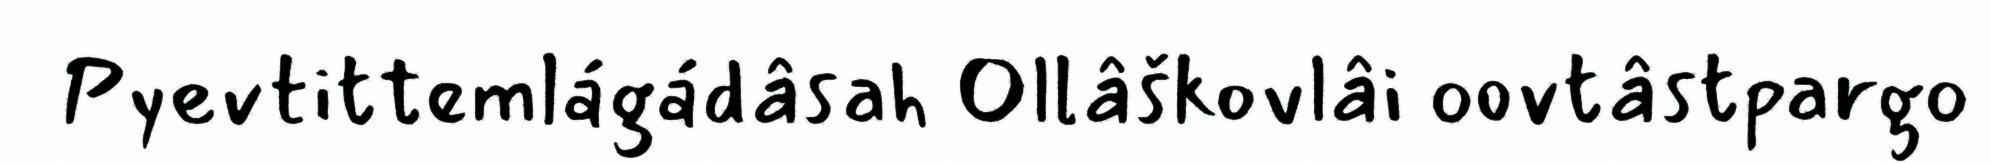
Pyevtittemlágádâsah Ollâškovlâi oovtâstpargo